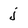
Character: j